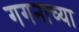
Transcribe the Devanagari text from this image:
गगनाच्या